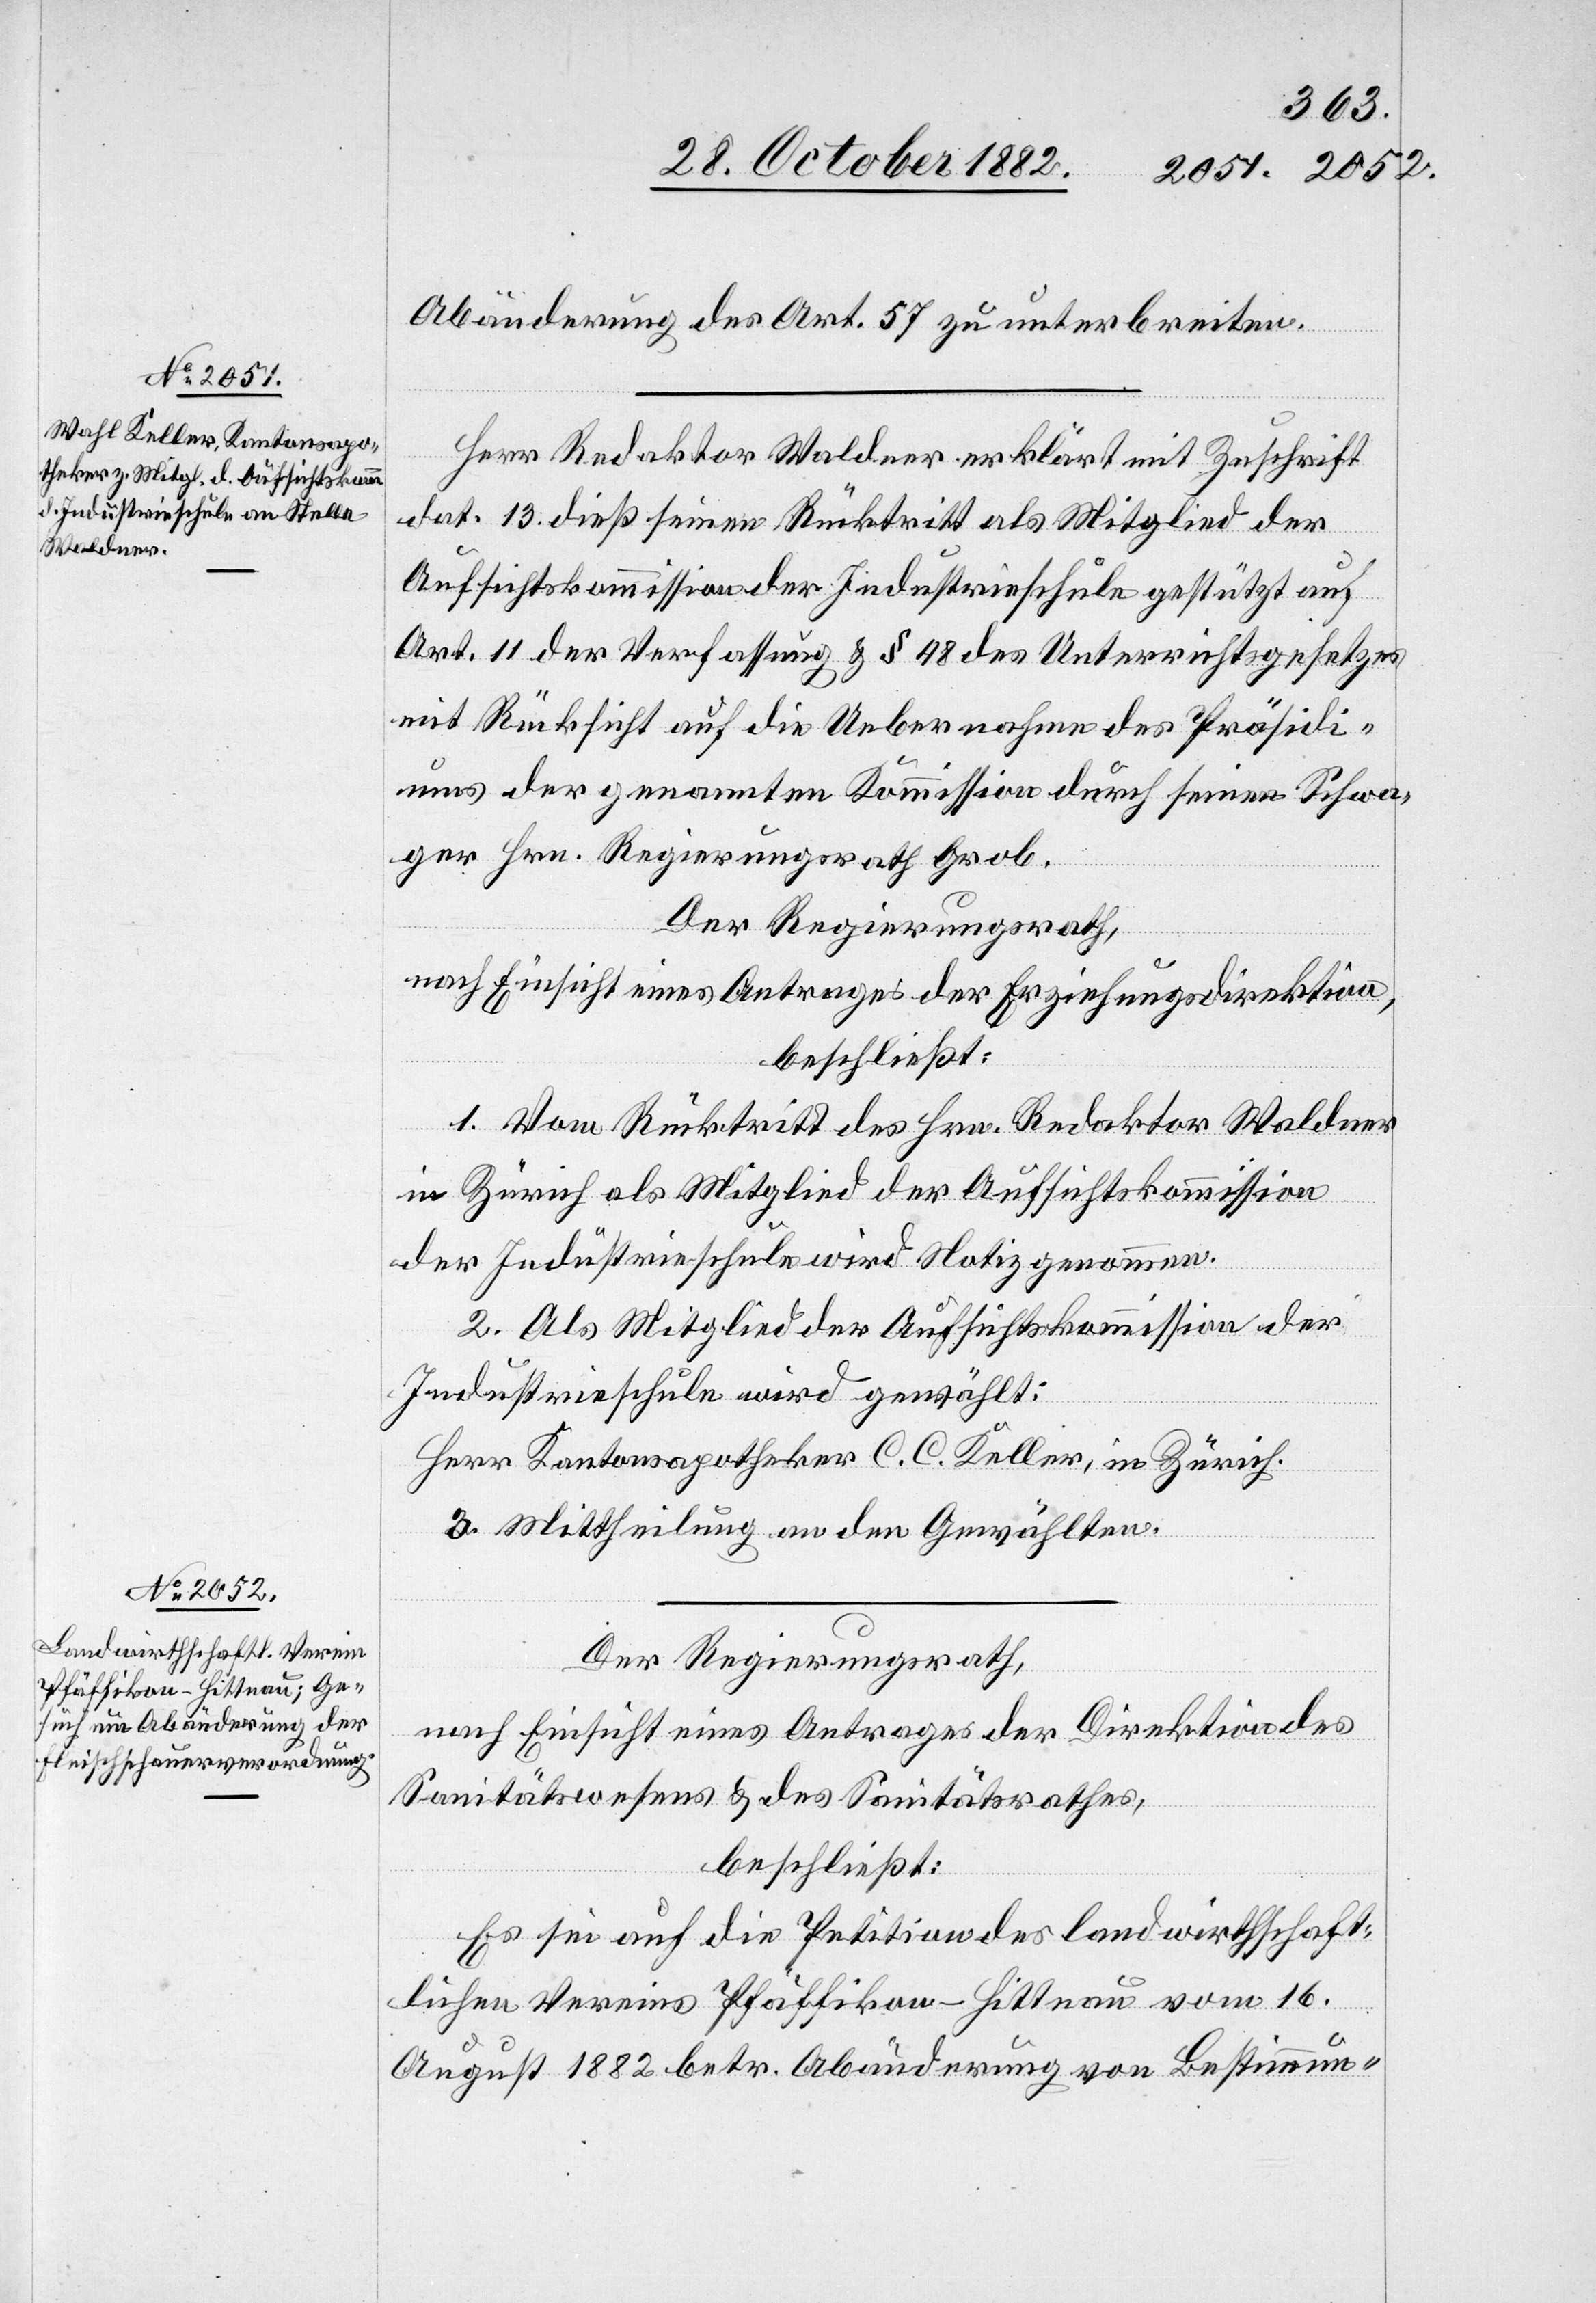
Abänderung des Art. 57 zu unterbreiten.
Herr Redaktor Waldner erklärt mit Zuschrift
dat. 13. dieß seinen Rücktritt als Mitglied der
Aufsichtskommission der Industrieschule gestützt auf
Art. 11 der Verfassung & § 48 des Unterrichtsgesetzes
mit Rücksicht auf die Uebernahme des Präsidi¬
ums der genannten Kommission durch seinen Schwa¬
ger Hrn. Regierungsrath Grob.
Der Regierungsrath,
nach Einsicht eines Antrages der Erziehungsdirektion,
beschließt:
1. Vom Rücktritt des Hrn. Redaktor Waldner
in Zürich als Mitglied der Aufsichtskommission
der Industrieschule wird Notiz genommen.
2. Als Mitglied der Aufsichtskommission der
Industrieschule wird gewählt:
Herr Kantonsapotheker C. C. Keller, in Zürich.
3. Mittheilung an den Gewählten.
Der Regierungsrath,
nach Einsicht eines Antrages der Direktion des
Sanitätswesens & des Sanitätsrathes,¨
beschließt:
Es sei auf die Petition des landwirtschaft¬
lichen Vereins Pfäffikon-Hittnau vom 16.
August 1882 betr. Abänderung von Bestimmung-